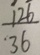
\frac { 1 2 6 } { 3 6 }